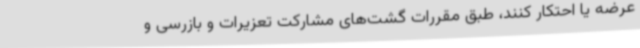
عرضه یا احتکار کنند، طبق مقررات گشت‌های مشارکت تعزیرات و بازرسی و